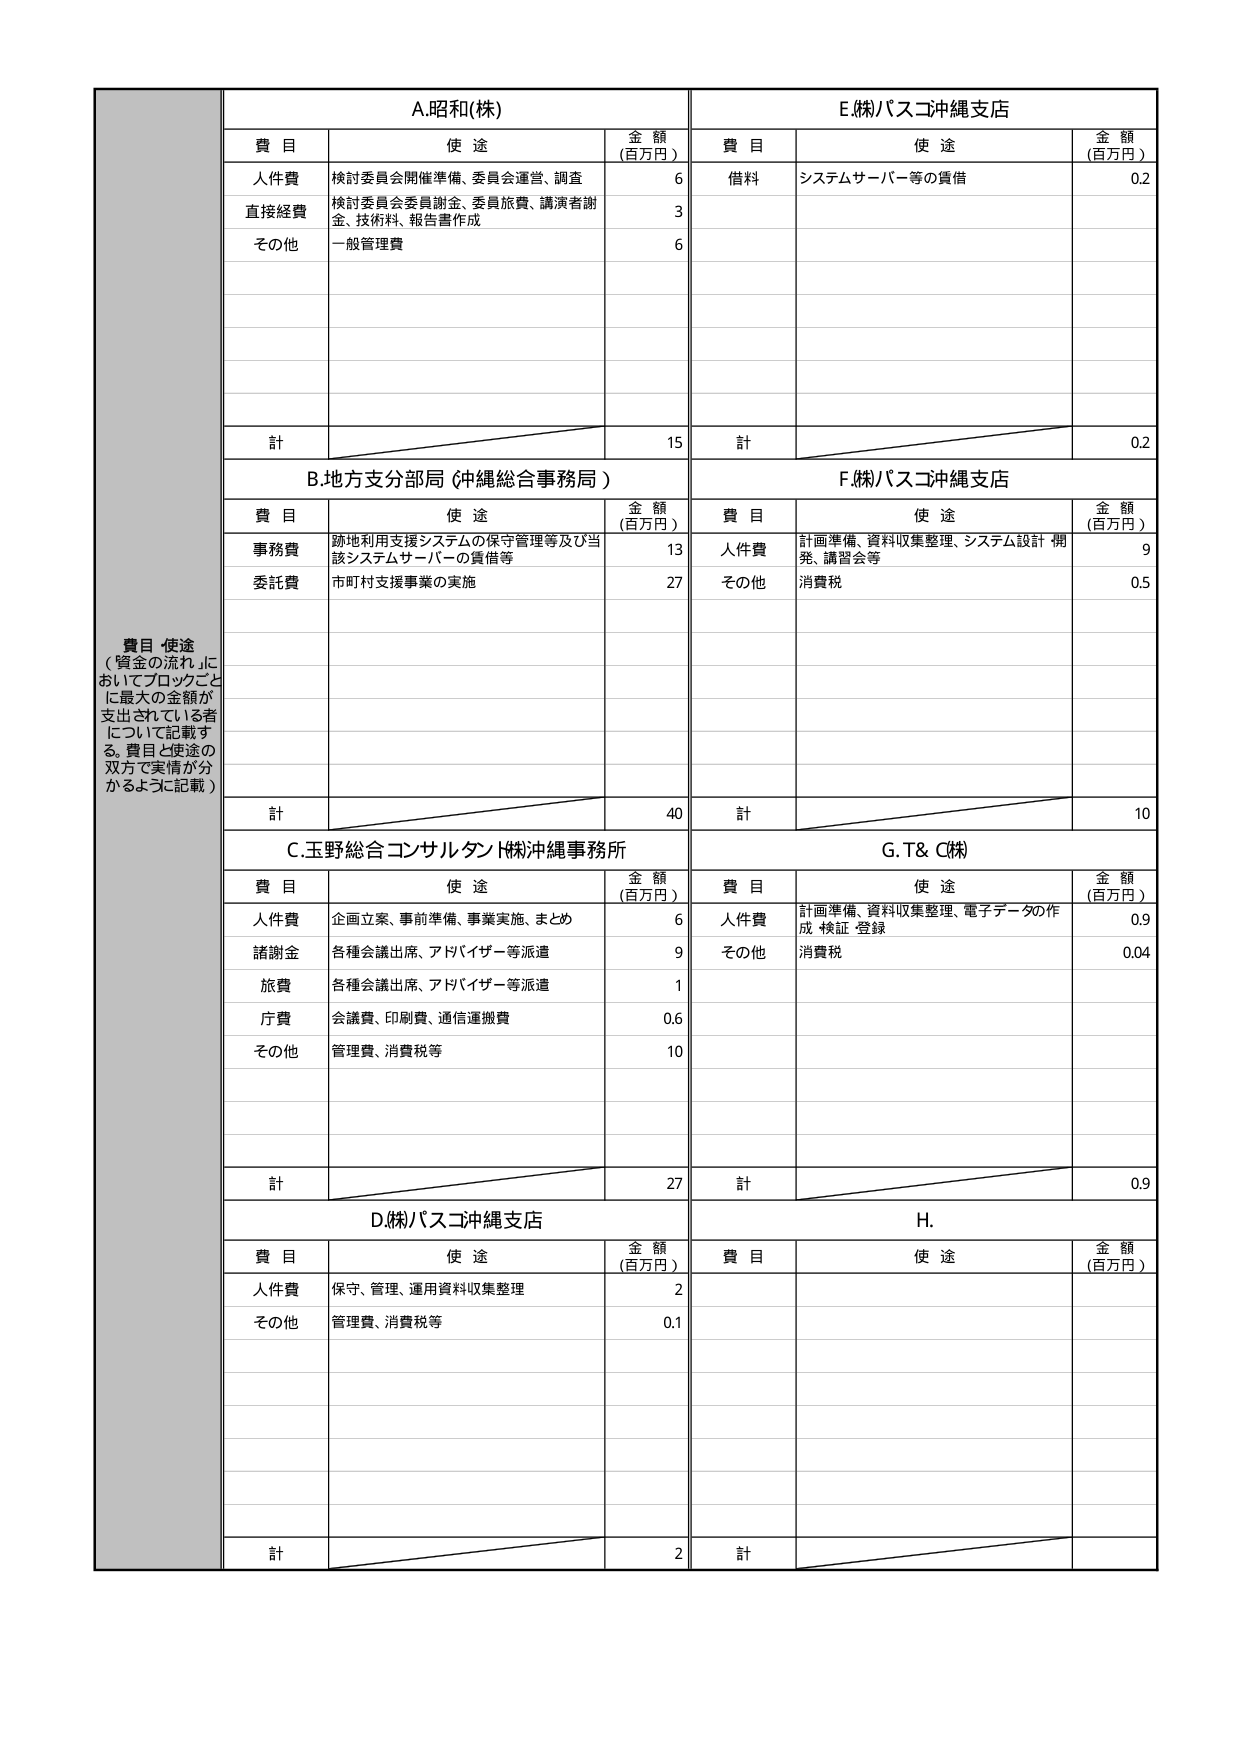
費目 使途
（資金の流れ」においてブロックごとに最大の金額が支出されている者について記載する。費目と使途の双目で実情が分かるように記載）

A.昭和(株)
費目 使途 金額（百万円）
人件費 検討委員会開催準備、委員会運営、調査 6
直接経費 検討委員会委員謝金、委員旅費、講演者謝金、技術料、報告書作成 3
その他 一般管理費 6
計 15

B.地方支分部局（沖縄総合事務局）
費目 使途 金額（百万円）
事務費 跡地利用支援システムの保守管理等及び当該システムサーバーの賃借等 13
委託費 市町村支援事業の実施 27
計 40

C.玉野総合コンサルタント(株)沖縄事務所
費目 使途 金額（百万円）
人件費 企画立案、事前準備、事業実施、まとめ 6
諸謝金 各種会議出席、アドバイザー等派遣 9
旅費 各種会議出席、アドバイザー等派遣 1
庁費 会議費、印刷費、通信運搬費 0.6
その他 管理費、消費税等 10
計 27

D.(株)バスコ沖縄支店
費目 使途 金額（百万円）
人件費 保守、管理、運用資料収集整理 2
その他 管理費、消費税等 0.1
計 2

E.(株)バスコ沖縄支店
費目 使途 金額（百万円）
借料 システムサーバー等の賃借 0.2
計 0.2

F.(株)バスコ沖縄支店
費目 使途 金額（百万円）
人件費 計画準備、資料収集整理、システム設計・開発、講習会等 9
その他 消費税 0.5
計 10

G.T& C(株)
費目 使途 金額（百万円）
人件費 計画準備、資料収集整理、電子データの作成・検証・登録 0.9
その他 消費税 0.04
計 0.9

H.
費目 使途 金額（百万円）
計